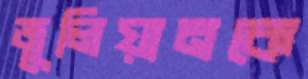
জুলিয়ানকে